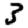
Digit: 3